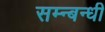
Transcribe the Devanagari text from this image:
सम्न्बन्धी